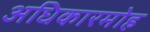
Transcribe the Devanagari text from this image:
अधिकारमोह